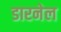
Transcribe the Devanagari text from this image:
डारनेल